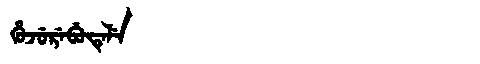
Manchu: ᡥᡠᠵᡠᡵᡝᠪᡠᡨᡝᠯᡝ
Romanization: HUJUREBUTELE